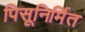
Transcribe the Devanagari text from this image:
पिसूनिर्मित